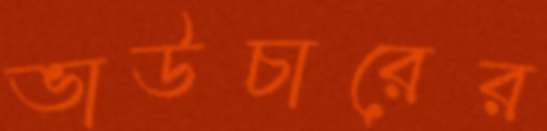
ভাউচারের